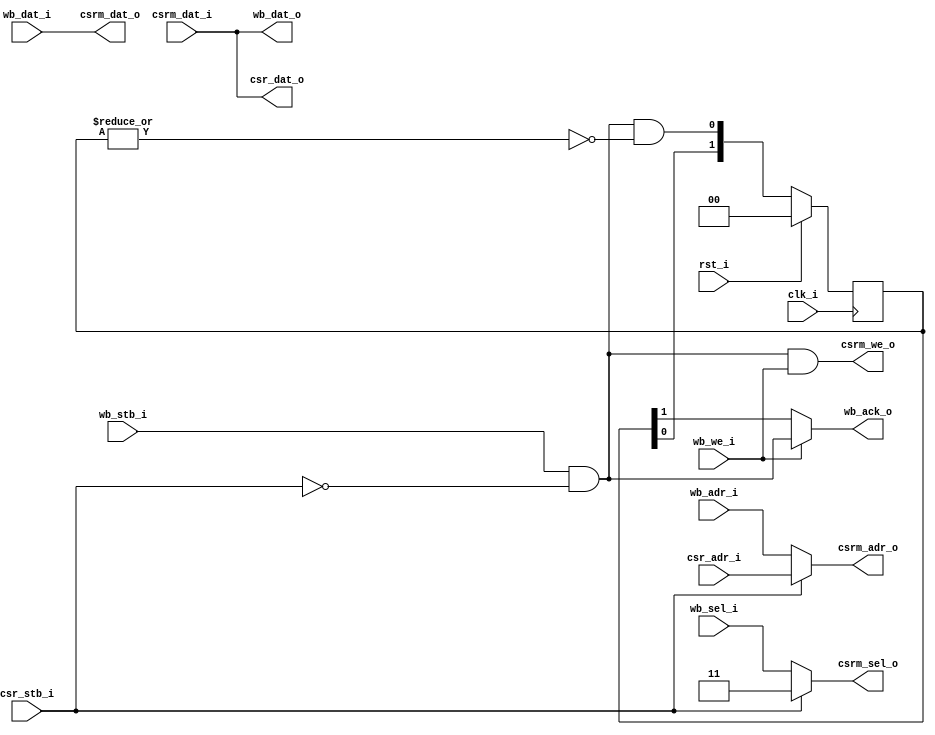
// This program was cloned from: https://github.com/marmolejo/zet
// License: GNU General Public License v3.0

/*
 *  Memory arbitrer for VGA
 *  Copyright (C) 2010  Zeus Gomez Marmolejo <zeus@aluzina.org>
 *
 *  This file is part of the Zet processor. This processor is free
 *  hardware; you can redistribute it and/or modify it under the terms of
 *  the GNU General Public License as published by the Free Software
 *  Foundation; either version 3, or (at your option) any later version.
 *
 *  Zet is distrubuted in the hope that it will be useful, but WITHOUT
 *  ANY WARRANTY; without even the implied warranty of MERCHANTABILITY
 *  or FITNESS FOR A PARTICULAR PURPOSE. See the GNU General Public
 *  License for more details.
 *
 *  You should have received a copy of the GNU General Public License
 *  along with Zet; see the file COPYING. If not, see
 *  <http://www.gnu.org/licenses/>.
 */

module vga_mem_arbitrer (
    input clk_i,
    input rst_i,

    // Wishbone slave 1
    input  [17:1] wb_adr_i,
    input  [ 1:0] wb_sel_i,
    input         wb_we_i,
    input  [15:0] wb_dat_i,
    output [15:0] wb_dat_o,
    input         wb_stb_i,
    output        wb_ack_o,

    // CSR slave 1
    input  [17:1] csr_adr_i,
    output [15:0] csr_dat_o,
    input         csr_stb_i,

    // CSR master
    output [17:1] csrm_adr_o,
    output [ 1:0] csrm_sel_o,
    output        csrm_we_o,
    output [15:0] csrm_dat_o,
    input  [15:0] csrm_dat_i
  );

  // Registers
  reg  [1:0] wb_ack;
  wire       wb_ack_r;
  wire       wb_ack_w;

  // Continous assignments
  assign csrm_adr_o = csr_stb_i ? csr_adr_i : wb_adr_i;
  assign csrm_sel_o = csr_stb_i ? 2'b11 : wb_sel_i;
  assign csrm_we_o  = wb_stb_i & !csr_stb_i & wb_we_i;
  assign csrm_dat_o = wb_dat_i;

  assign wb_dat_o  = csrm_dat_i;
  assign csr_dat_o = csrm_dat_i;

  assign wb_ack_r = wb_ack[1];
  assign wb_ack_w = wb_stb_i & !csr_stb_i;
  assign wb_ack_o = wb_we_i ? wb_ack_w : wb_ack_r;

  // Behaviour
  always @(posedge clk_i)
    wb_ack <= rst_i ? 2'b00
      : { wb_ack[0], (wb_stb_i & !csr_stb_i & !(|wb_ack)) };

endmodule